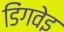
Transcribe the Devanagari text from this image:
डिंगवेइ